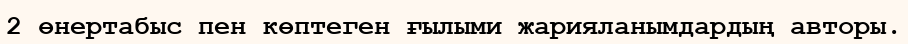
2 өнертабыс пен көптеген ғылыми жарияланымдардың авторы.